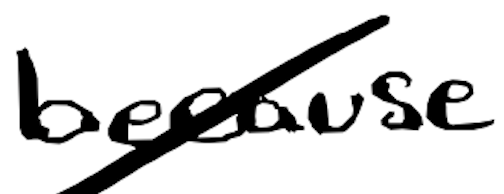
Text: because
Cross-out: mix
Writing tool: digital_black